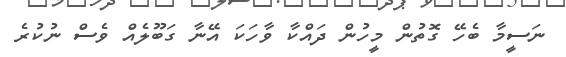
ނަސީމާ ބެހޭ ގޮތުން މީހުން ދައްކާ ވާހަކަ އޭނާ ގަބޫލެއް ވެސް ނުކުރެ